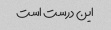
این درست است